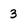
Character: 3